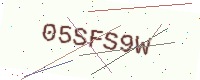
Text: 05SFS9W